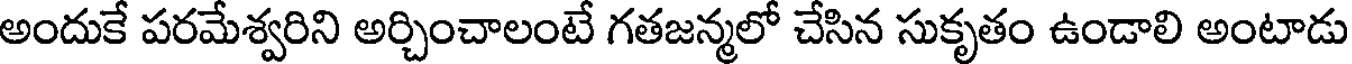
అందుకే పరమేశ్వరిని అర్చించాలంటే గతజన్మలో చేసిన సుకృతం ఉండాలి అంటాడు